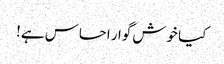
کیا خوش گوار احساس ہے!